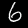
Digit: 6